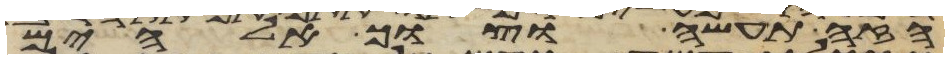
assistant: הזה תעשה וצוך אלהים